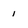
Character: i